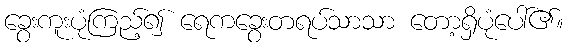
ခွေးကူးပုံကြည့်၍ ရေကခွေးတရပ်သာသာ တော့ရှိပုံပေါ်၏။